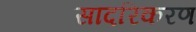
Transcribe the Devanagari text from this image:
सादरिकरण